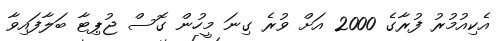
އެކިއުމުރު ފުރާގެ 2000 އަށް ވުރެ ގިނަ މީހުން ގޮސް ޖުޕިޓާ ބަލާފައިވާ